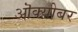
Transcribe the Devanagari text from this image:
ऒक्य़ोबर